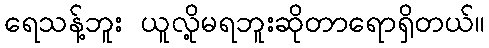
ရေသန့်ဘူး ယူလို့မရဘူးဆိုတာရောရှိတယ်။